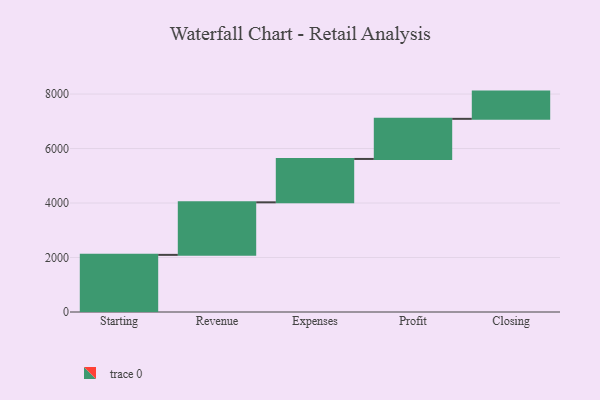
{"axis": {"x": "Step", "y": "Value"}, "legend": [""], "data": [{"x": "Starting", "y": 2097.0, "type": ""}, {"x": "Revenue", "y": 1929.0, "type": ""}, {"x": "Expenses", "y": 1592.0, "type": ""}, {"x": "Profit", "y": 1472.0, "type": ""}, {"x": "Closing", "y": 1000, "type": ""}]}